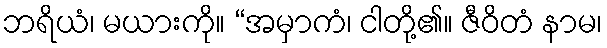
ဘရိယံ၊ မယားကို။ “အမှာကံ၊ ငါတို့၏။ ဇီဝိတံ နာမ၊